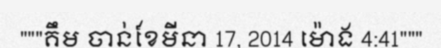
"""គឹម ចាន់ខែមីនា 17, 2014 ម៉ោង 4:41"""